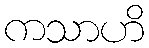
ကသာဟိ